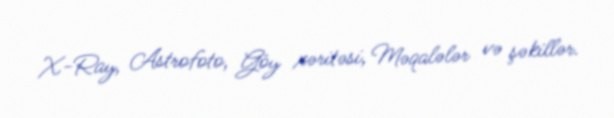
X-Ray, Astrofoto, Göy xəritəsi, Məqalələr və şəkillər.